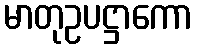
မာတုဥပဋ္ဌာကော